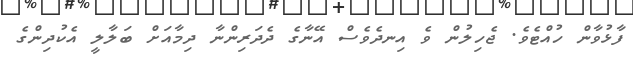
ފާޅުވާން ހުއްޓެވެ. ޖެހިލުން ވެ އިނދެވެސް އޭނާގެ ދެދަރިންނާ ދިމާއަށް ބަލާލީ އެކުދިންގެ